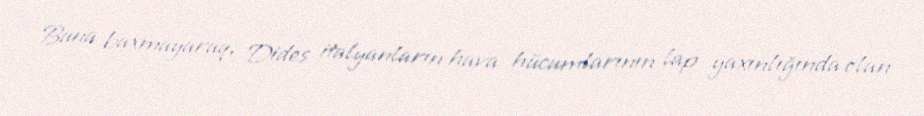
Buna baxmayaraq, Dides italyanların hava hücumlarının lap yaxınlığında olan